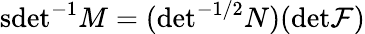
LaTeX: \mathrm{sdet}^{-1}M=(\mathrm{det}^{-1/2}N)(\mathrm{det}{\cal F})